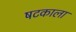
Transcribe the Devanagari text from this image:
षटकाला